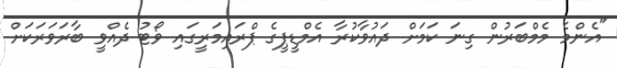
"އެންމެ މެމްބަރުން ގިނަ ކަމަށް ދައުވާކުރާ އެމްޑީޕީގެ ޕްރައިމަރީގައި ވޯޓު ދެއްވީ ބާރަވަރަކަށް